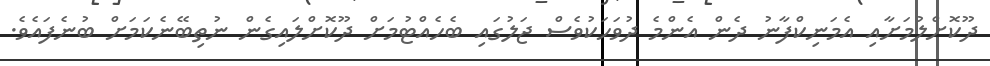
ދޫކޮށްލުމަށާއި އެމަނިކްފާނު ދެން އެންމެ ދުވަހަކުވެސް ޖަލުގައި ބެހެއްޓުމަށް ދޫކޮށްލައިގެން ނުތިބޭނެކަމަށް ބުނެފައެވެ.